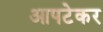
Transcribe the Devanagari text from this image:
आपटेकर